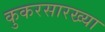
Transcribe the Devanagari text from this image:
कुकरसारख्या